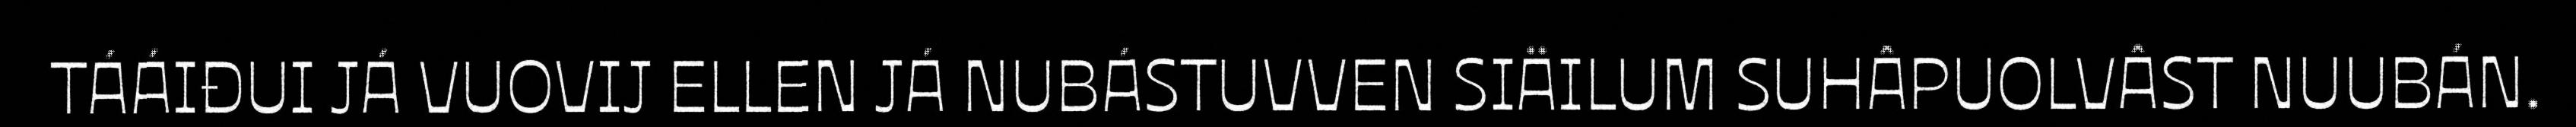
TÁÁIĐUI JÁ VUOVIJ ELLEN JÁ NUBÁSTUVVEN SIÄILUM SUHÂPUOLVÂST NUUBÁN.